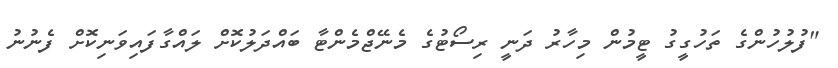
"ފުލުހުންގެ ތަހުގީގު ޓީމުން މިހާރު ދަނީ ރިސޯޓުގެ މެނޭޖްމެންޓާ ބައްދަލުކޮށް ލައްގާފައިވަނިކޮށް ފެނުނު